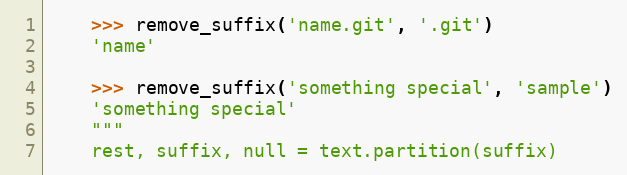
Language: Python
	>>> remove_suffix('name.git', '.git')
	'name'

	>>> remove_suffix('something special', 'sample')
	'something special'
	"""
	rest, suffix, null = text.partition(suffix)